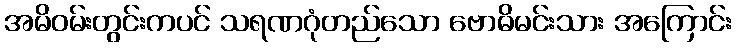
အမိဝမ်းတွင်းကပင် သရဏဂုံတည်သော ဗောဓိမင်းသား အကြောင်း